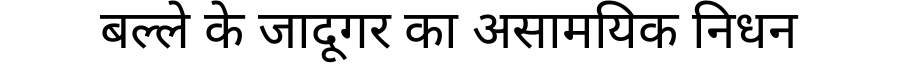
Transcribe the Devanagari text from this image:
बल्ले के जादूगर का असामयिक निधन